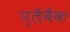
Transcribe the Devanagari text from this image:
प्लैबैक